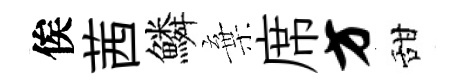
俟茜鱗棄席方甜